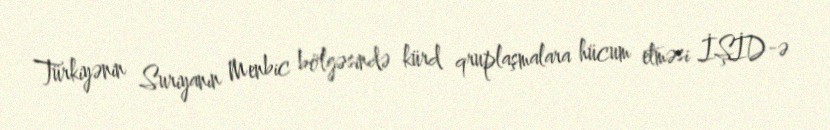
Türkiyənin Suriyanın Menbic bölgəsində kürd qruplaşmalara hücum etməsi İŞİD-ə